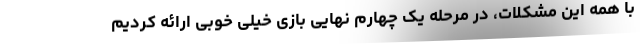
با همه این مشکلات، در مرحله یک چهارم نهایی بازی خیلی خوبی ارائه کردیم